Indian Civil Veterinary Department memoirs
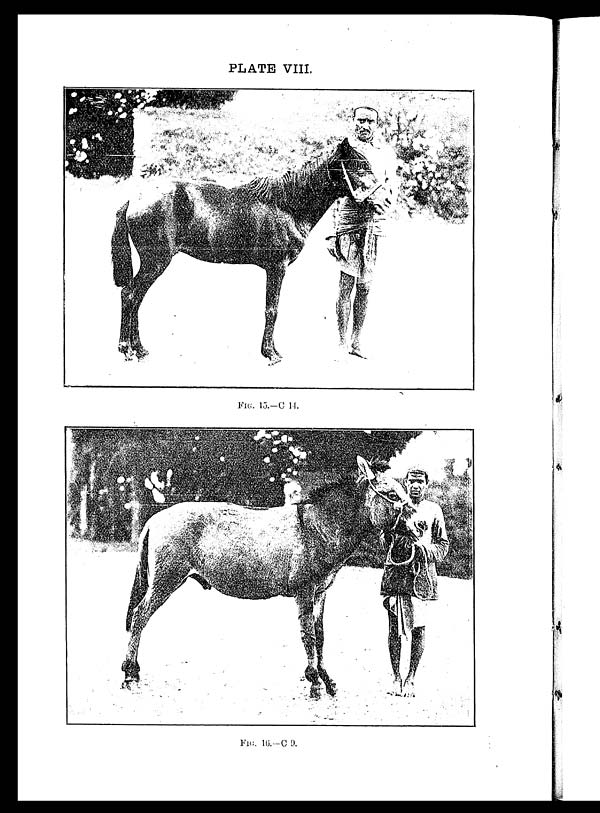
PLATE VIII.
FIG. 15.—C 11.
FIG. 16.—C 9.